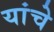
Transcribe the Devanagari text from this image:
यांचेे